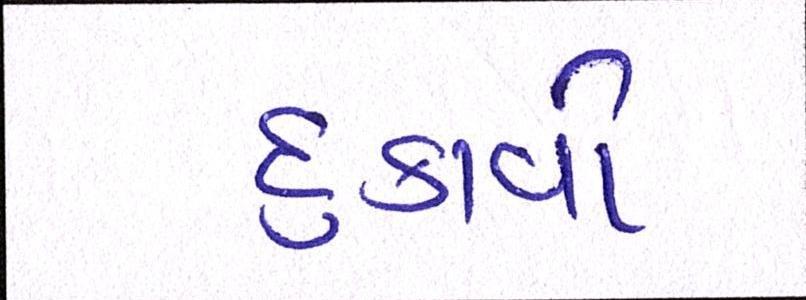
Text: દુઃકાવો